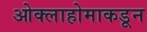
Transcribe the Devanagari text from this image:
ओक्लाहोमाकडून